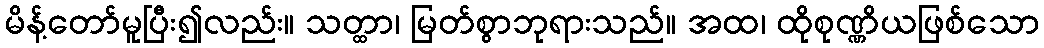
မိန့်တော်မူပြီး၍လည်း။ သတ္ထာ၊ မြတ်စွာဘုရားသည်။ အထ၊ ထိုစုဏ္ဏိယဖြစ်သော